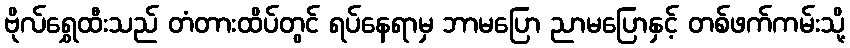
ဗိုလ်ရွှေထီးသည် တံတားထိပ်တွင် ရပ်နေရာမှ ဘာမပြော ညာမပြောနှင့် တစ်ဖက်ကမ်းသို့